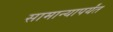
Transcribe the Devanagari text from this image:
सामान्यापर्यंत